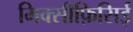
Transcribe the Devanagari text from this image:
मिक्सीफ़िसिई